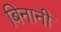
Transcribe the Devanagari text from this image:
बिनानी